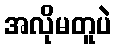
အလိုမတူပဲ